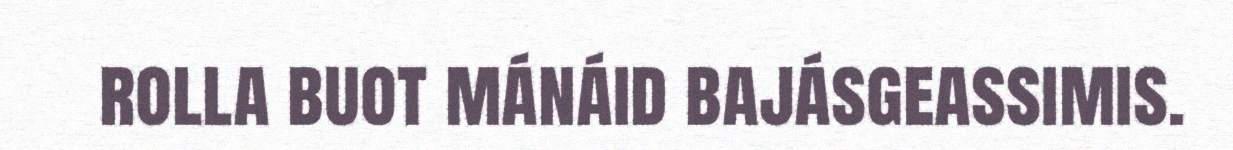
rolla buot mánáid bajásgeassimis.